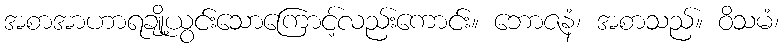
အစာအာဟာရချို့ယွင်းသောကြောင့်လည်းကောင်း။ ဘောဇနံ၊ အစာသည်။ ဝိသမံ၊